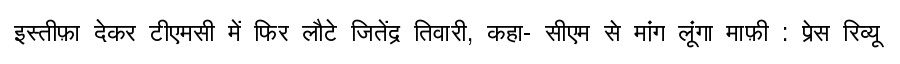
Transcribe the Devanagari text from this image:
इस्तीफ़ा देकर टीएमसी में फिर लौटे जितेंद्र तिवारी, कहा- सीएम से मांग लूंगा माफ़ी : प्रेस रिव्यू